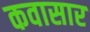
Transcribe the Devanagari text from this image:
कवासार